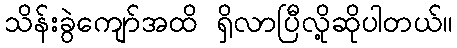
သိန်းခွဲကျော်အထိ ရှိလာပြီလို့ဆိုပါတယ်။